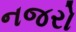
નજરો